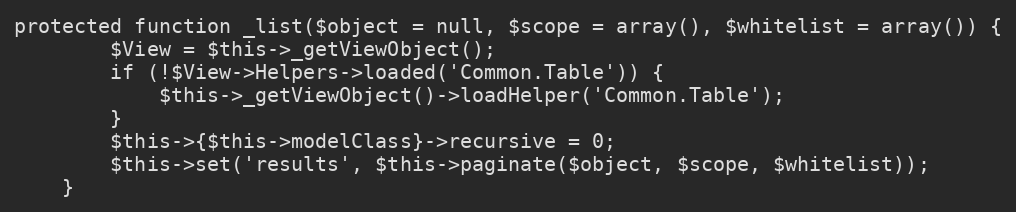
Language: PHP
protected function _list($object = null, $scope = array(), $whitelist = array()) {
		$View = $this->_getViewObject();
		if (!$View->Helpers->loaded('Common.Table')) {
			$this->_getViewObject()->loadHelper('Common.Table');
		}
		$this->{$this->modelClass}->recursive = 0;
		$this->set('results', $this->paginate($object, $scope, $whitelist));
	}